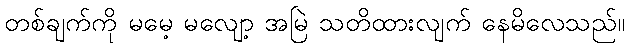
တစ်ချက်ကို မမေ့ မလျော့ အမြဲ သတိထားလျက် နေမိလေသည်။